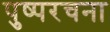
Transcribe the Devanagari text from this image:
पुष्परचना